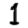
Digit: 1